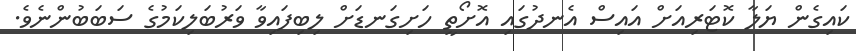
ކައިގެން ޔަލާ ކޮޓަރިއަށް އައިސް އެނދުގައި އޮށޯތީ ހަށިގަނޑަށް ލިބިފައިވާ ވަރުބަލިކަމުގެ ސަބަބުންނެވެ.